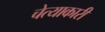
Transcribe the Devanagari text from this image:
चेत्याकारी